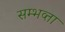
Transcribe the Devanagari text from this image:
सम्भव्ता